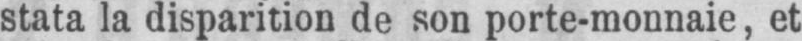
stata la disparition de son porte-monnaie, et